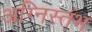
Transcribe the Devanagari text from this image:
अग्निस्तंभ